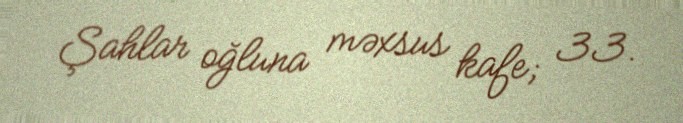
Şahlar oğluna məxsus kafe; 33.